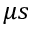
\mu s